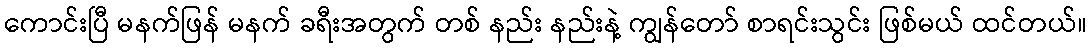
ကောင်းပြီ မနက်ဖြန် မနက် ခရီးအတွက် တစ် နည်း နည်းနဲ့ ကျွန်တော် စာရင်းသွင်း ဖြစ်မယ် ထင်တယ်။